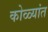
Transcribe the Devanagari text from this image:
कोळ्यांत